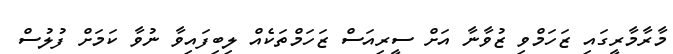
މާރާމާރީގައި ޒަހަމްވި ޒުވާނާ އަށް ސީރިއަސް ޒަހަމްތަކެއް ލިބިފައިވާ ނުވާ ކަމަށް ފުލުސް